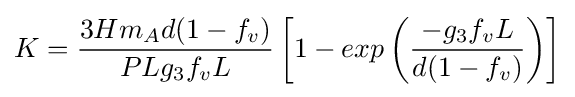
K={\frac {3Hm_{A}d(1-f_{v})}{PLg_{3}f_{v}L}}\left[1-exp\left({\frac {-g_{3}f_{v}L}{d(1-f_{v})}}\right)\right]